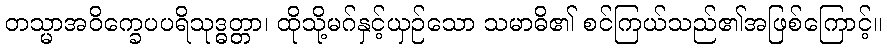
တသ္မာအဝိက္ခေပပရိသုဒ္ဓတ္တာ၊ ထိုသို့မဂ်နှင့်ယှဉ်သော သမာဓိ၏ စင်ကြယ်သည်၏အဖြစ်ကြောင့်။